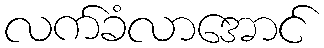
လက်ခံလာအောင်